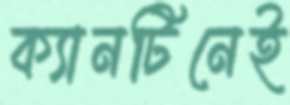
ক্যানটিনেই